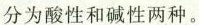
分为酸性和碱性两种。